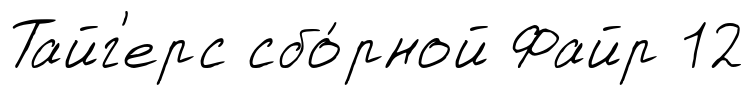
Тайг'ерс сбо́рной Файр 12